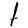
Digit: 1